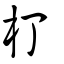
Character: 朾